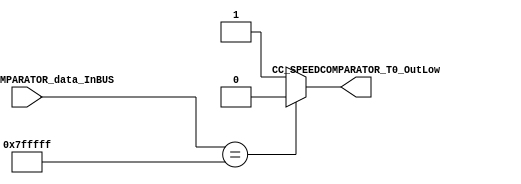
/*######################################################################
//#	G0B1T: HDL EXAMPLES. 2018.
//######################################################################
//# Copyright (C) 2018. F.E.Segura-Quijano (FES) fsegura@uniandes.edu.co
//# 
//# This program is free software: you can redistribute it and/or modify
//# it under the terms of the GNU General Public License as published by
//# the Free Software Foundation, version 3 of the License.
//#
//# This program is distributed in the hope that it will be useful,
//# but WITHOUT ANY WARRANTY; without even the implied warranty of
//# MERCHANTABILITY or FITNESS FOR A PARTICULAR PURPOSE.  See the
//# GNU General Public License for more details.
//#
//# You should have received a copy of the GNU General Public License
//# along with this program.  If not, see <http://www.gnu.org/licenses/>
//####################################################################*/
//=======================================================
//  MODULE Definition
//=======================================================
module CC_SPEEDCOMPARATOR #(parameter SPEEDCOMPARATOR_DATAWIDTH=23, parameter SPEEDCOMPARATOR=23'b11111111111111111111111)(
//////////// OUTPUTS //////////
	CC_SPEEDCOMPARATOR_T0_OutLow,
//////////// INPUTS //////////
	CC_SPEEDCOMPARATOR_data_InBUS
);
//=======================================================
//  PARAMETER declarations
//=======================================================

//=======================================================
//  PORT declarations
//=======================================================
output	reg CC_SPEEDCOMPARATOR_T0_OutLow;
input 	[SPEEDCOMPARATOR_DATAWIDTH-1:0] CC_SPEEDCOMPARATOR_data_InBUS;
//=======================================================
//  REG/WIRE declarations
//=======================================================
//=======================================================
//  Structural coding
//=======================================================
always @(CC_SPEEDCOMPARATOR_data_InBUS)
begin
	if ( CC_SPEEDCOMPARATOR_data_InBUS == SPEEDCOMPARATOR) 
		CC_SPEEDCOMPARATOR_T0_OutLow = 1'b0;
	else 
		CC_SPEEDCOMPARATOR_T0_OutLow = 1'b1;
end

endmodule